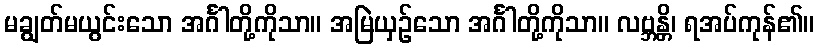
မချွတ်မယွင်းသော အင်္ဂါတို့ကိုသာ။ အမြဲယှဉ်သော အင်္ဂါတို့ကိုသာ။ လဗ္ဘန္တိ၊ ရအပ်ကုန်၏။